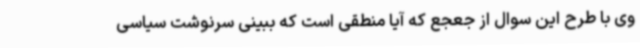
وی با طرح این سوال از جعجع که آیا منطقی است که ببینی سرنوشت سیاسی